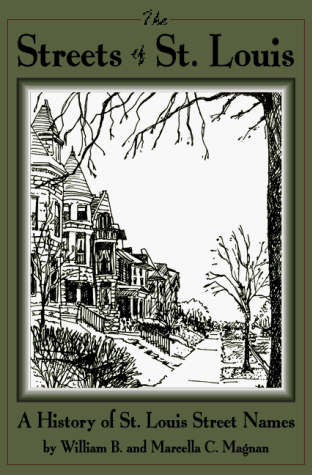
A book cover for The Streets of St. Louis; Marcella C Magnan; Travel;